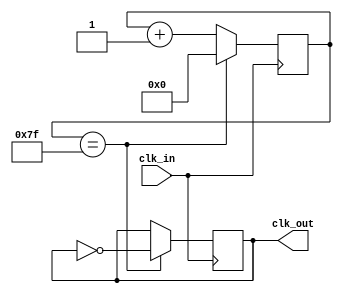
module divider(
    input wire clk_in,
    output clk_out
);
  
  reg [7:0] cnt = 8'b0;

  always @ (posedge clk_in) begin
    cnt <= cnt + 1'b1;
    if (cnt == 8'd127) begin
      clk_out <= ~clk_out;
      cnt <= 0;
    end
  end

endmodule